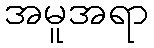
အမူအရာ